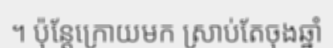
។ ប៉ុន្តែក្រោយមក ស្រាប់តែចុងឆ្នាំ